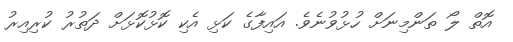
އޮތް ލޯ ތަންމިނަށް ހުޅުވުނެވެ. އައިފާގެ ކަޅި އެކި ކޮޅުކޮޅަށް ދަތުރު ކުރިއިރު